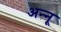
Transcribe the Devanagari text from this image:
अन्‍नू